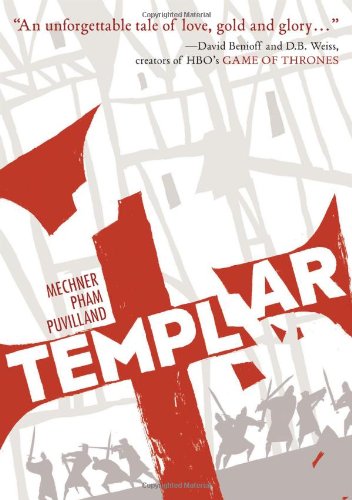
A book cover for Templar; Jordan Mechner; Comics & Graphic Novels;